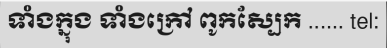
ទាំងក្នុង ទាំងក្រៅ ពូកស្បែក ...... tel: